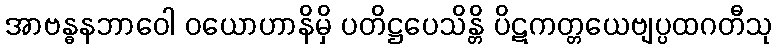
အာဗန္ဓနဘာဝေါ ဝယောဟာနိမှိ ပတိဋ္ဌပေသိန္တိ ပိဋကတ္တယေဗျပ္ပထဂတီသု